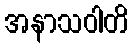
အနာသဝါတိ